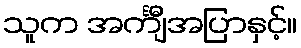
သူက အင်္ကျီအပြာနှင့်။